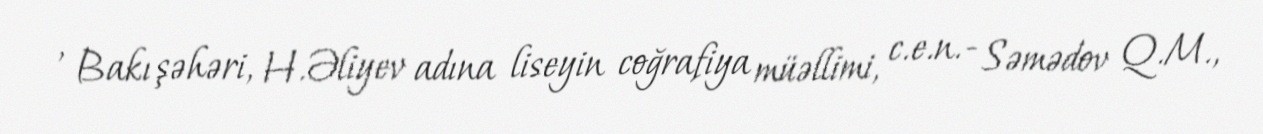
, Bakı şəhəri, H.Əliyev adına liseyin coğrafiya müəllimi, c.e.n.- Səmədov Q.M.,